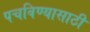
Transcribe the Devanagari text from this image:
पचविण्यासाठी